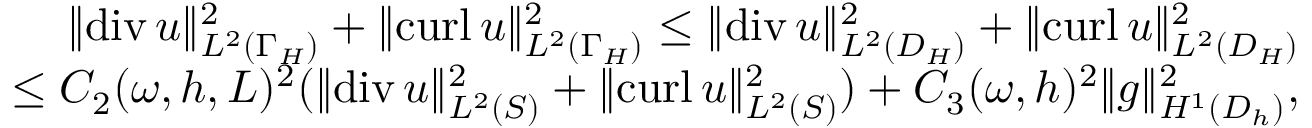
\begin{array} { r } { \| \mathrm { d i v } \, u \| _ { L ^ { 2 } ( \Gamma _ { H } ) } ^ { 2 } + \| \mathrm { c u r l } \, u \| _ { L ^ { 2 } ( \Gamma _ { H } ) } ^ { 2 } \le \| \mathrm { d i v } \, u \| _ { L ^ { 2 } ( D _ { H } ) } ^ { 2 } + \| \mathrm { c u r l } \, u \| _ { L ^ { 2 } ( D _ { H } ) } ^ { 2 } } \\ { \le C _ { 2 } ( \omega , h , L ) ^ { 2 } ( \| \mathrm { d i v } \, u \| _ { L ^ { 2 } ( S ) } ^ { 2 } + \| \mathrm { c u r l } \, u \| _ { L ^ { 2 } ( S ) } ^ { 2 } ) + C _ { 3 } ( \omega , h ) ^ { 2 } \| g \| _ { H ^ { 1 } ( D _ { h } ) } ^ { 2 } , } \end{array}